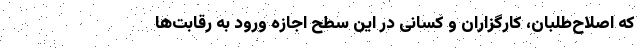
که اصلاح‌طلبان، کارگزاران و کسانی در این سطح اجازه ورود به رقابت‌ها